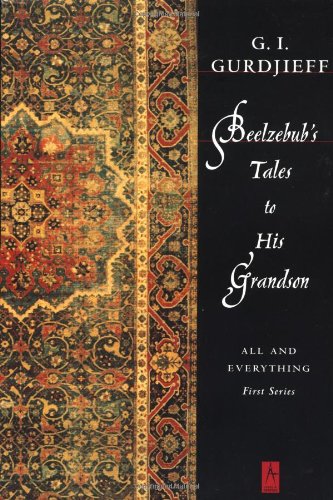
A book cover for Beelzebub's Tales to His Grandson: All And Everything: 1st Series (Compass); G. I. Gurdjieff; Biographies & Memoirs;